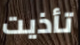
تأذيت